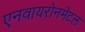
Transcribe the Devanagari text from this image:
एनवायरोनमेंटल